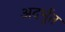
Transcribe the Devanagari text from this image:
अदर्भुत